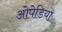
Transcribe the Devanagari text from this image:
ओपेडिया